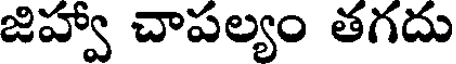
జిహ్వా చాపల్యం తగదు